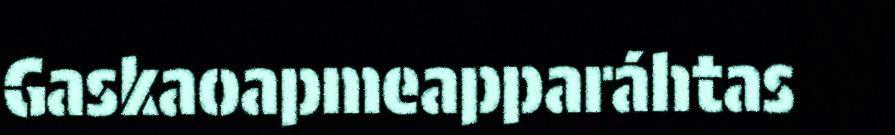
Gaskaoapmeapparáhtas